Vital statistics of India. Vol. V, Reports of 1876 on armies & jails and on epidemic cholera
Year: 1876
Disease focus: Cholera
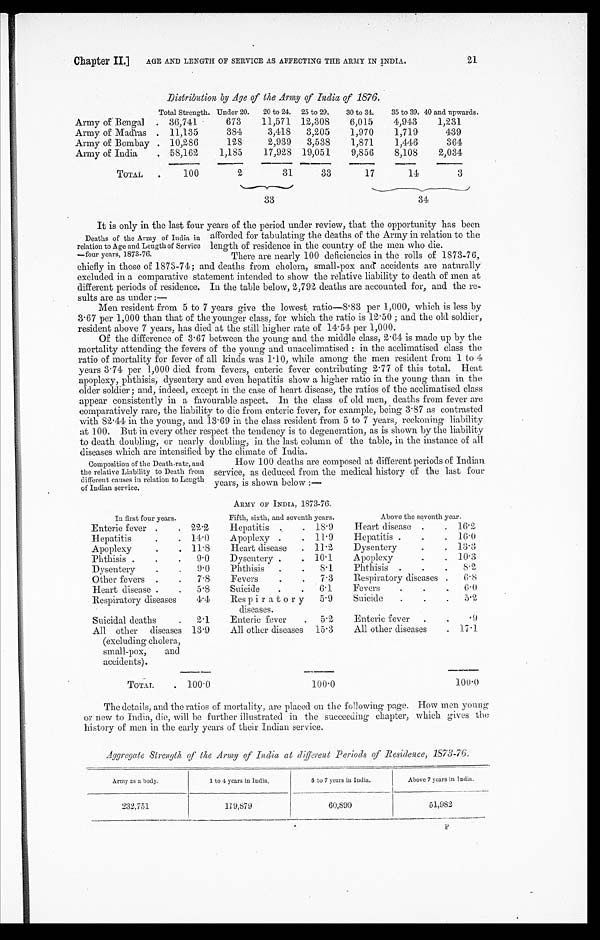
Chapter II.] AGE AND LENGTH OF SERVICE AS AFFECTING THE ARMY IN INDIA.21
Distribution by Age of the Army of India of 1876.
Total Strength. Under 20. 20 to 24. 25 to 29. 30 to 34.
35 to 39. 40 and upwards.
Army of Bengal
36,741
673 11,571 12,308 6,015 4,943 1,231
Army of Madras
11,135
384
3,418 3,205 1,970 1,719
439
Army of Bombay 10,286
128
2,939 3,538 1,871 1,446
3 6 4
Army of India
58,162 1,185 17,928 19,051 9,856 8,108 2,034
TOTAL 100
2
31
33
17
14
3
33
34
It is only in the last four years of the period under review, that the opportunity has been
afforded for tabulating the deaths of the Army in relation to the
length of residence in the country of the men who die.
There are nearly 100 deficiencies in the rolls of 1873-76,
chiefly in those of 1873-74; and deaths from cholera, small-pox and accidents are naturally
excluded in a comparative statement intended to show the relative liability to death of men at
different periods of residence. In the table below, 2,792 deaths are accounted for, and. the re-
- s u l t s a r e a s u n d e r : —
Men resident from 5 to 7 years give the lowest ratio—8.83 per 1,000, which is less by
3.67 per 1,000 than that of the younger class, for which the ratio is 12.50; and the old soldier,
resident above 7 years, has died at the still higher rate of 14.54 per 1,000.
Of the difference of 3.67 between the young and the middle class, 2.64 is made up by the
mortality attending the fevers of the young and unacelimatised: in the acclimatised class the
ratio of mortality for fever of all kinds was 1.10, while among the men resident from 1 to 4
years 3.74 per 1,000 died from fevers, enteric fever contributing 2.77 of this total. Heat
apoplexy, phthisis, dysentery and even hepatitis show a higher ratio in the young than in the
older soldier; and, indeed, except in the case of heart disease, the ratios of the acclimatised class
appear consistently in a favourable aspect. In the class of old men, deaths from fever are
comparatively rare, the liability to die from enteric fever, for example, being 3.87 as contrasted
with 82.44 in the young, and 13.69 in the class resident from 5 to 7 years, reckoning liability
at 100. But in every other respect the tendency is to degeneration, as is shown by the liability
to death doubling, or nearly doubling, in the last column of the table, in the instance of all
diseases which are intensified by the climate of India.
Deaths of the Army of India in
relation to Age and Length of Service
four years,1873-76.
Composition of the Death rate, and
the relative Liability to Death from
different causes in relation to Length
of Indian service.
How 100 deaths are composed at different periods of Indian
service, as deduced from the medical history of the last four
years, is shown below:—
ARMY OF INDIA, 1873-76.
In first four years.
Fifth, sixth, and seventh years.
Above the seventh year.
Enteric fever
22.2 Hepatitis
18.9 Heart disease
16.2
.
Hepatitis
14.0 Apoplexy
11.9 Hepatitis
16.0
.
Apoplexy
11.8 Heart disease
11.2 Dysentery
1 3 . 3
Phthisis
9.0 Dysentery
10.1
.
Apoplexy
10.3
Dysentery
9.0 Phthisis
8.1
.
phthisis
8.2
Other fevers
7.8 Fevers
7.3 Respiratory diseases
6.8
Heart disease
5.8 Suicide
6.1 Fevers
6 . 0
Respiratory diseases 4.4 Respiratory
diseases.
5.9 Suicide
5.2
Suicidal deaths
2.1 Enteric fever
5.2 Enteric fever
.9
.
All other diseases
(excluding cholera,
small-pox, and.
accidents).
13.9 All other diseases 15.3 All other diseases
17.1
TOTAL. 100.0
100.0
100.0
The details, and the ratios of mortality, are placed on the following page. How men young
or new to India, die, will be further illustrated in the succeeding chapter, which gives the
history of men in the early years of their Indian service.
Aggregate Strength of the Army of India at different Periods of Residence, 1873-76.
Army as a body.
1 to 4 years in India.
5 to 7 years in India.
Above 7 years in India.
232.751
119,879
60,890
51,982
F